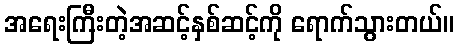
အရေးကြီးတဲ့အဆင့်နှစ်ဆင့်ကို ရောက်သွားတယ်။